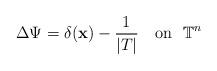
LaTeX: \begin{align*}\Delta \Psi = \delta (\mathbf{x})-\dfrac{1}{\vert T\vert} \ \ \ \mathrm{on} \ \ \mathbb{T}^{n}\end{align*}